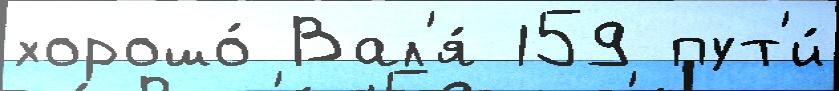
хорошо́ Вал'я́ 159 пут'и́